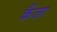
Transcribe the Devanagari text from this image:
कैंजा